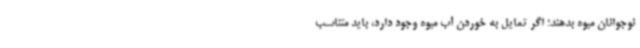
نوجوانان میوه بدهند؛ اگر تمایل به خوردن آب میوه وجود دارد، باید متناسب